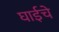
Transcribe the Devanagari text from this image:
घाईचे